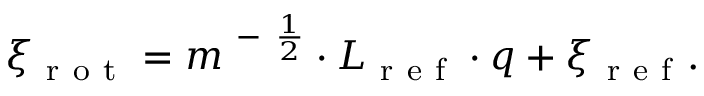
\xi _ { \mathrm { ~ r ~ o ~ t ~ } } = m ^ { \mathrm { ~ - ~ } \frac { 1 } { 2 } } \cdot L _ { \mathrm { ~ r ~ e ~ f ~ } } \cdot q + \xi _ { \mathrm { ~ r ~ e ~ f ~ } } .